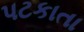
પટકાતા